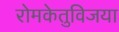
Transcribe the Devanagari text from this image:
रोमकेतुविजया